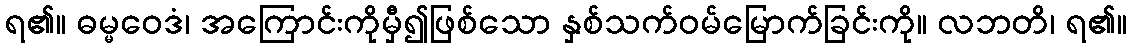
ရ၏။ ဓမ္မဝေဒံ၊ အကြောင်းကိုမှီ၍ဖြစ်သော နှစ်သက်ဝမ်မြောက်ခြင်းကို။ လဘတိ၊ ရ၏။